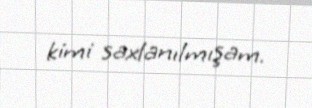
kimi saxlanılmışam.